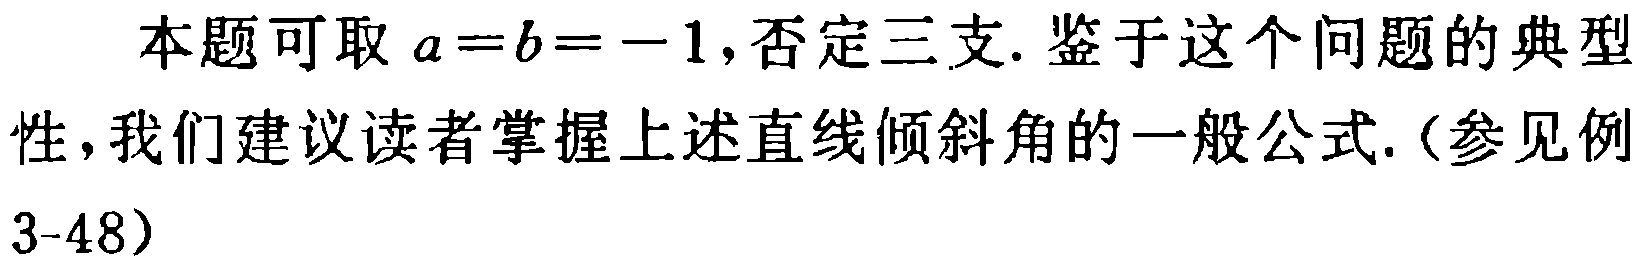
本题可取 \(a = b = -1\),否定三支. 鉴于这个问题的典型性,我们建议读者掌握上述直线倾斜角的一般公式.（参见例3-48）